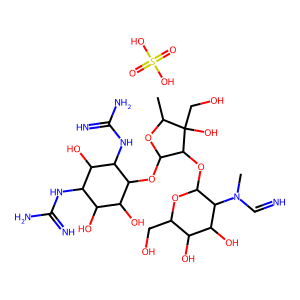
SMILES: CC1OC(OC2C(O)C(O)C(NC(=N)N)C(O)C2NC(=N)N)C(OC2OC(CO)C(O)C(O)C2N(C)C=N)C1(O)CO.O=S(=O)(O)O
Inhibits HIV replication: No